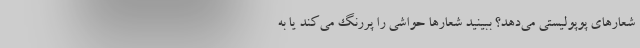
شعارهای پوپولیستی می‌دهد؟ ببینید شعارها حواشی را پررنگ می‌کند یا به